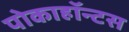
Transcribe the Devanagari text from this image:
पोकाहॉन्टस